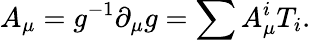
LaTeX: A_{\mu}=g^{-1}\partial_{\mu}g=\sum A_{\mu}^{i}T_{i}.